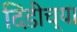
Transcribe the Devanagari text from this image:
दिंडीच्या